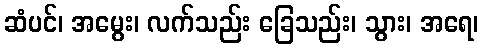
ဆံပင်၊ အမွေး၊ လက်သည်း ခြေသည်း၊ သွား၊ အရေ၊